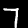
Label: 7